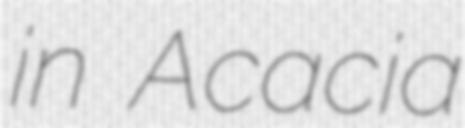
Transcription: in Acacia